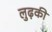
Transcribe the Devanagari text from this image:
लुढ़की